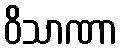
ဝိသာဏာ